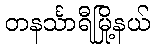
တနင်္သာရီမြို့နယ်